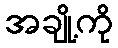
အချို့ကို